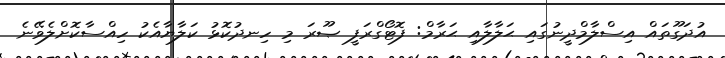
އުދަގޫތައް އިސްލާމްދީނުގައި ޙަލާލާއި ޙަރާމް: ފޮޓޯގްރަފީ ޞޫރަ މި ހިނދުކޮޅު ކަލާޔާއެކު ހިއްސާކޮށްލެވޭނެ